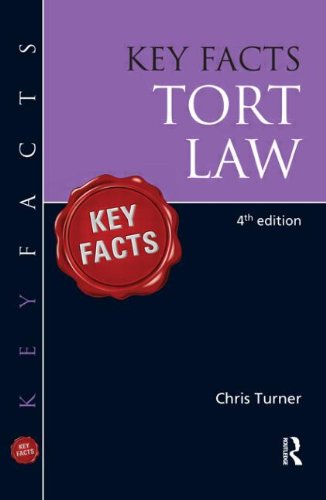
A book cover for Key Facts Tort; Chris Turner; Law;